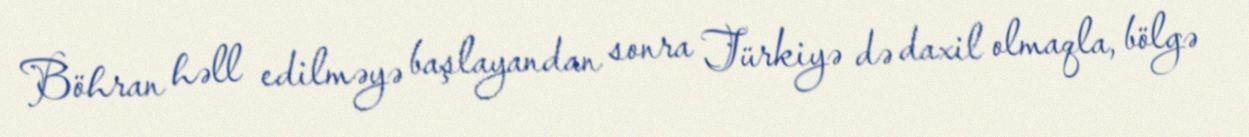
Böhran həll edilməyə başlayandan sonra Türkiyə də daxil olmaqla, bölgə